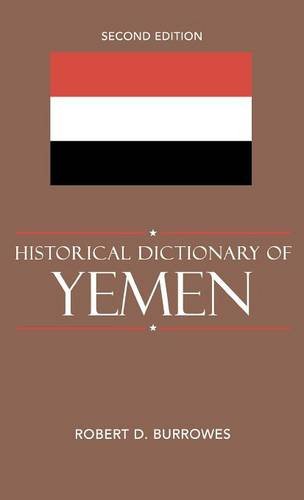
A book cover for Historical Dictionary of Yemen (Historical Dictionaries of Asia, Oceania, and the Middle East); Robert D. Burrowes; History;